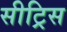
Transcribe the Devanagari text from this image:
सीट्रिस